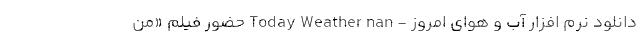
دانلود نرم افزار آب و هوای امروز - Today Weather nan حضور فیلم «من